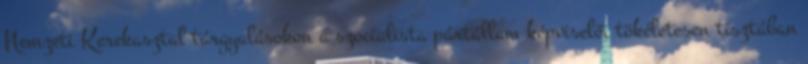
Nemzeti Kerekasztal tárgyalásokon a szocialista pártállam képviselői tökéletesen tisztában